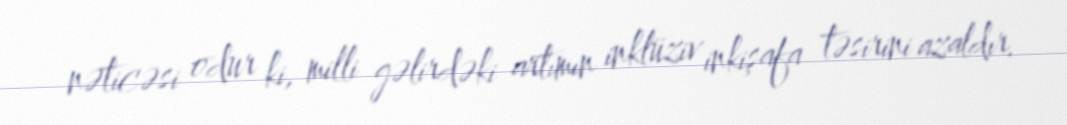
nəticəsi odur ki, milli gəlirdəki artımın inklüziv inkişafa təsirini azaldır.